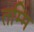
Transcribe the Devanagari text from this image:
तम्मि